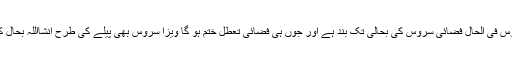
تاہم ویزا سروس فی الحال فضائی سروس کی بحالی تک بند ہے اور جوں ہی فضائی تعطل ختم ہو گا ویزا سروس بھی پیلے کی طرح انشااللہ بحال کر دی جائے۔